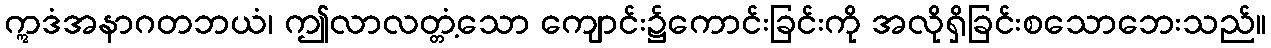
ဣဒံအနာဂတဘယံ၊ ဤလာလတ္တံ့သော ကျောင်း၌ကောင်းခြင်းကို အလိုရှိခြင်းစသောဘေးသည်။